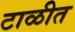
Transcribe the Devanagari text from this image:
टाळीत